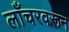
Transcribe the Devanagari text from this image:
लाँचरवरून